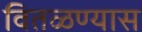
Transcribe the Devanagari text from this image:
वितळण्यास